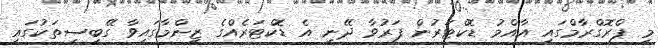
މި ޕްރޮގްރާމްގައި އާއްމު ޑޮކްޓަރުން ފަރުވާ ދޭނީ އެ ޑޮކްޓަރެއްގެ ޒިންމާގައިވާ ގޭބިސީތަކުގައި